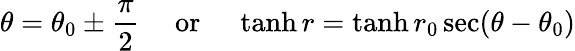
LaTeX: \theta=\theta_{0}\pm{\frac{\pi}{2}}\quad{\mathrm{~or~}}\quad\operatorname{tanh}r=\operatorname{tanh}r_{0}\sec(\theta-\theta_{0})